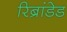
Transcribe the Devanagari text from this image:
रिब्रांडेड